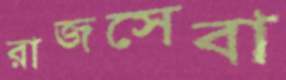
রাজসেবা